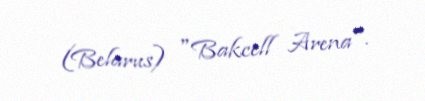
(Belarus) "Bakcell Arena".